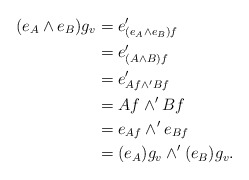
\begin{align*}(e_A \wedge e_B)g_v &= e'_{(e_A \wedge e_B)f} \\&= e'_{(A \wedge B)f} \\&= e'_{Af \wedge' Bf} \\&= Af \wedge' Bf \\&= e_{Af} \wedge' e_{Bf} \\&= (e_A )g_v \wedge' (e_B )g_v .\end{align*}